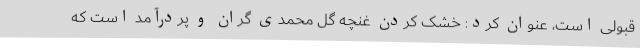
قبولی است، عنوان کرد: خشک کردن غنچه گل محمدی گران و پردرآمد است که